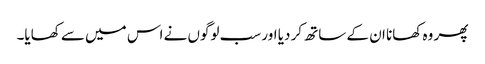
پھر وہ کھانا ان کے ساتھ کر دیا اور سب لوگوں نے اس میں سے کھایا۔